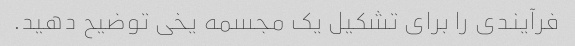
فرآیندی را برای تشکیل یک مجسمه یخی توضیح دهید.